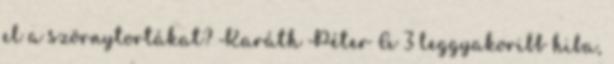
el a szörnytortákat? Karáth Péter A 3 leggyakoribb hiba,